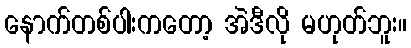
နောက်တစ်ပါးကတော့ အဲဒီလို မဟုတ်ဘူး။